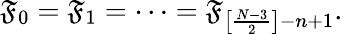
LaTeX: {\cal\mathfrak{F}}_{0}={\cal\mathfrak{F}}_{1}=\cdots={\cal\mathfrak{F}}_{\left[\frac{{N-3}}{{2}}\right]-n+1}.